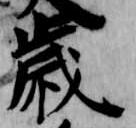
歳